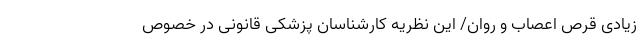
زیادی قرص‌ اعصاب و روان/ این نظریه کارشناسان پزشکی قانونی در خصوص